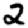
Digit: 2